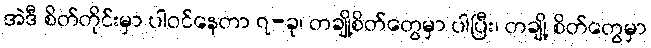
အဲဒီ စိတ်တိုင်းမှာ ပါဝင်နေတာ ၇-ခု၊ တချို့စိတ်တွေမှာ ပါပြီး၊ တချို့ စိတ်တွေမှာ